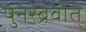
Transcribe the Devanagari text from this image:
पुनरब्रवीत्